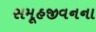
સમૂહજીવનના